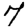
Digit: 7